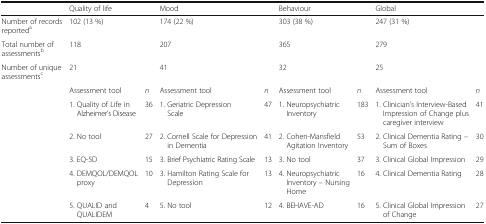
<table><thead><tr><td></td><td colspan="2"><b>Quality of life</b></td><td colspan="2"><b>Mood</b></td><td colspan="2"><b>Behaviour</b></td><td colspan="2"><b>Global</b></td></tr></thead><tbody><tr><td>Number of records reported<sup>a</sup></td><td colspan="2">102 (13 %)</td><td colspan="2">174 (22 %)</td><td colspan="2">303 (38 %)</td><td colspan="2">247 (31 %)</td></tr><tr><td>Total number of assessments<sup>b</sup></td><td colspan="2">118</td><td colspan="2">207</td><td colspan="2">365</td><td colspan="2">279</td></tr><tr><td>Number of unique assessments<sup>c</sup></td><td colspan="2">21</td><td colspan="2">41</td><td colspan="2">32</td><td colspan="2">25</td></tr><tr><td rowspan="6"></td><td>Assessment tool</td><td><i>n</i></td><td>Assessment tool</td><td><i>n</i></td><td>Assessment tool</td><td><i>n</i></td><td>Assessment tool</td><td><i>n</i></td></tr><tr><td>1. Quality of Life in Alzheimer’s Disease</td><td>36</td><td>1. Geriatric Depression Scale</td><td>47</td><td>1. Neuropsychiatric Inventory</td><td>183</td><td>1. Clinician’s Interview-Based Impression of Change plus caregiver interview</td><td>41</td></tr><tr><td>2. No tool</td><td>27</td><td>2. Cornell Scale for Depression in Dementia</td><td>41</td><td>2. Cohen-Mansfield Agitation Inventory</td><td>53</td><td>2. Clinical Dementia Rating – Sum of Boxes</td><td>30</td></tr><tr><td>3. EQ-5D</td><td>15</td><td>3. Brief Psychiatric Rating Scale</td><td>13</td><td>3. No tool</td><td>37</td><td>3. Clinical Global Impression</td><td>29</td></tr><tr><td>4. DEMQOL/DEMQOL proxy</td><td>10</td><td>3. Hamilton Rating Scale for Depression</td><td>13</td><td>4. Neuropsychiatric Inventory – Nursing Home</td><td>16</td><td>4. Clinical Dementia Rating</td><td>28</td></tr><tr><td>5. QUALID and QUALIDEM</td><td>4</td><td>5. No tool</td><td>12</td><td>4. BEHAVE-AD</td><td>16</td><td>5. Clinical Global Impression of Change</td><td>27</td></tr></tbody></table>